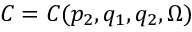
C = C ( p _ { 2 } , q _ { 1 } , q _ { 2 } , \Omega )